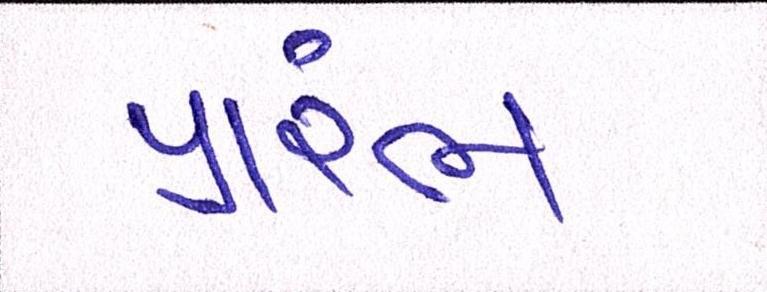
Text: પ્રારંભ